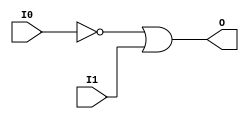
// This program was cloned from: https://github.com/jhshi/openofdm
// License: Apache License 2.0

// $Header: /devl/xcs/repo/env/Databases/CAEInterfaces/verunilibs/data/unisims/OR2B1.v,v 1.6 2007/05/23 21:43:44 patrickp Exp $
///////////////////////////////////////////////////////////////////////////////
// Copyright (c) 1995/2004 Xilinx, Inc.
// All Right Reserved.
///////////////////////////////////////////////////////////////////////////////
//   ____  ____
//  /   /\/   /
// /___/  \  /    Vendor : Xilinx
// \   \   \/     Version : 10.1
//  \   \         Description : Xilinx Functional Simulation Library Component
//  /   /                  2-input OR Gate
// /___/   /\     Filename : OR2B1.v
// \   \  /  \    Timestamp : Thu Mar 25 16:43:30 PST 2004
//  \___\/\___\
//
// Revision:
//    03/23/04 - Initial version.
//    05/23/07 - Changed timescale to 1 ps / 1 ps.
//    05/23/07 - Added wire declaration for internal signals.

`timescale  1 ps / 1 ps


module OR2B1 (O, I0, I1);

    output O;

    input  I0, I1;

    wire i0_inv;

    not N0 (i0_inv, I0);
    or O1 (O, i0_inv, I1);


endmodule